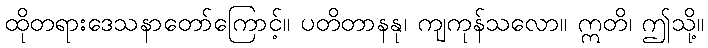
ထိုတရားဒေသနာတော်ကြောင့်။ ပတိတာနနု၊ ကျကုန်သလော။ ဣတိ၊ ဤသို့။